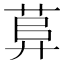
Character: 𦱱